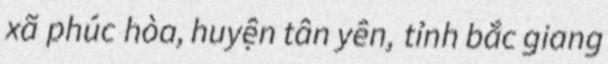
xã phúc hòa, huyện tân yên, tỉnh bắc giang